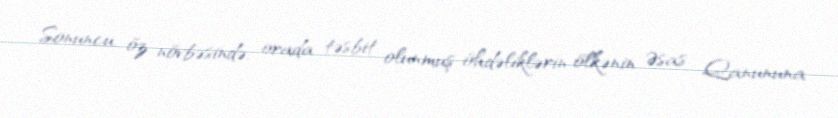
Sonuncu, öz növbəsində, orada təsbit olunmuş öhdəliklərin ölkənin Əsas Qanununa